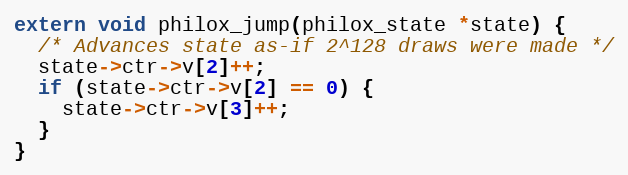
Language: C
extern void philox_jump(philox_state *state) {
  /* Advances state as-if 2^128 draws were made */
  state->ctr->v[2]++;
  if (state->ctr->v[2] == 0) {
    state->ctr->v[3]++;
  }
}